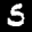
Label: 5